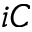
i C